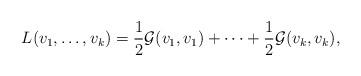
LaTeX: \begin{align*}L(v_1,\dots,v_k)=\frac{1}{2}\mathcal{G}(v_1,v_1)+\dots+\frac{1}{2}\mathcal{G}(v_k,v_k), \end{align*}